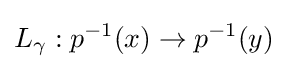
L_{\gamma }:p^{-1}(x)\rightarrow p^{-1}(y)